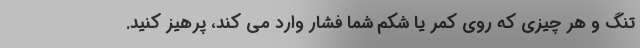
تنگ و هر چیزی که روی کمر یا شکم شما فشار وارد می کند، پرهیز کنید.